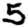
Digit: 5